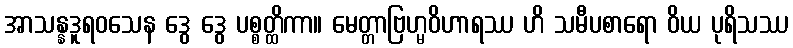
အာသန္နဒူရဝသေန ဒွေ ဒွေ ပစ္စတ္ထိကာ။ မေတ္တာဗြဟ္မဝိဟာရဿ ဟိ သမီပစာရော ဝိယ ပုရိသဿ